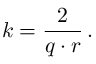
k = \frac { 2 } { q \cdot r } \, .